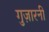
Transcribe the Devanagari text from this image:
गुज़ारनी